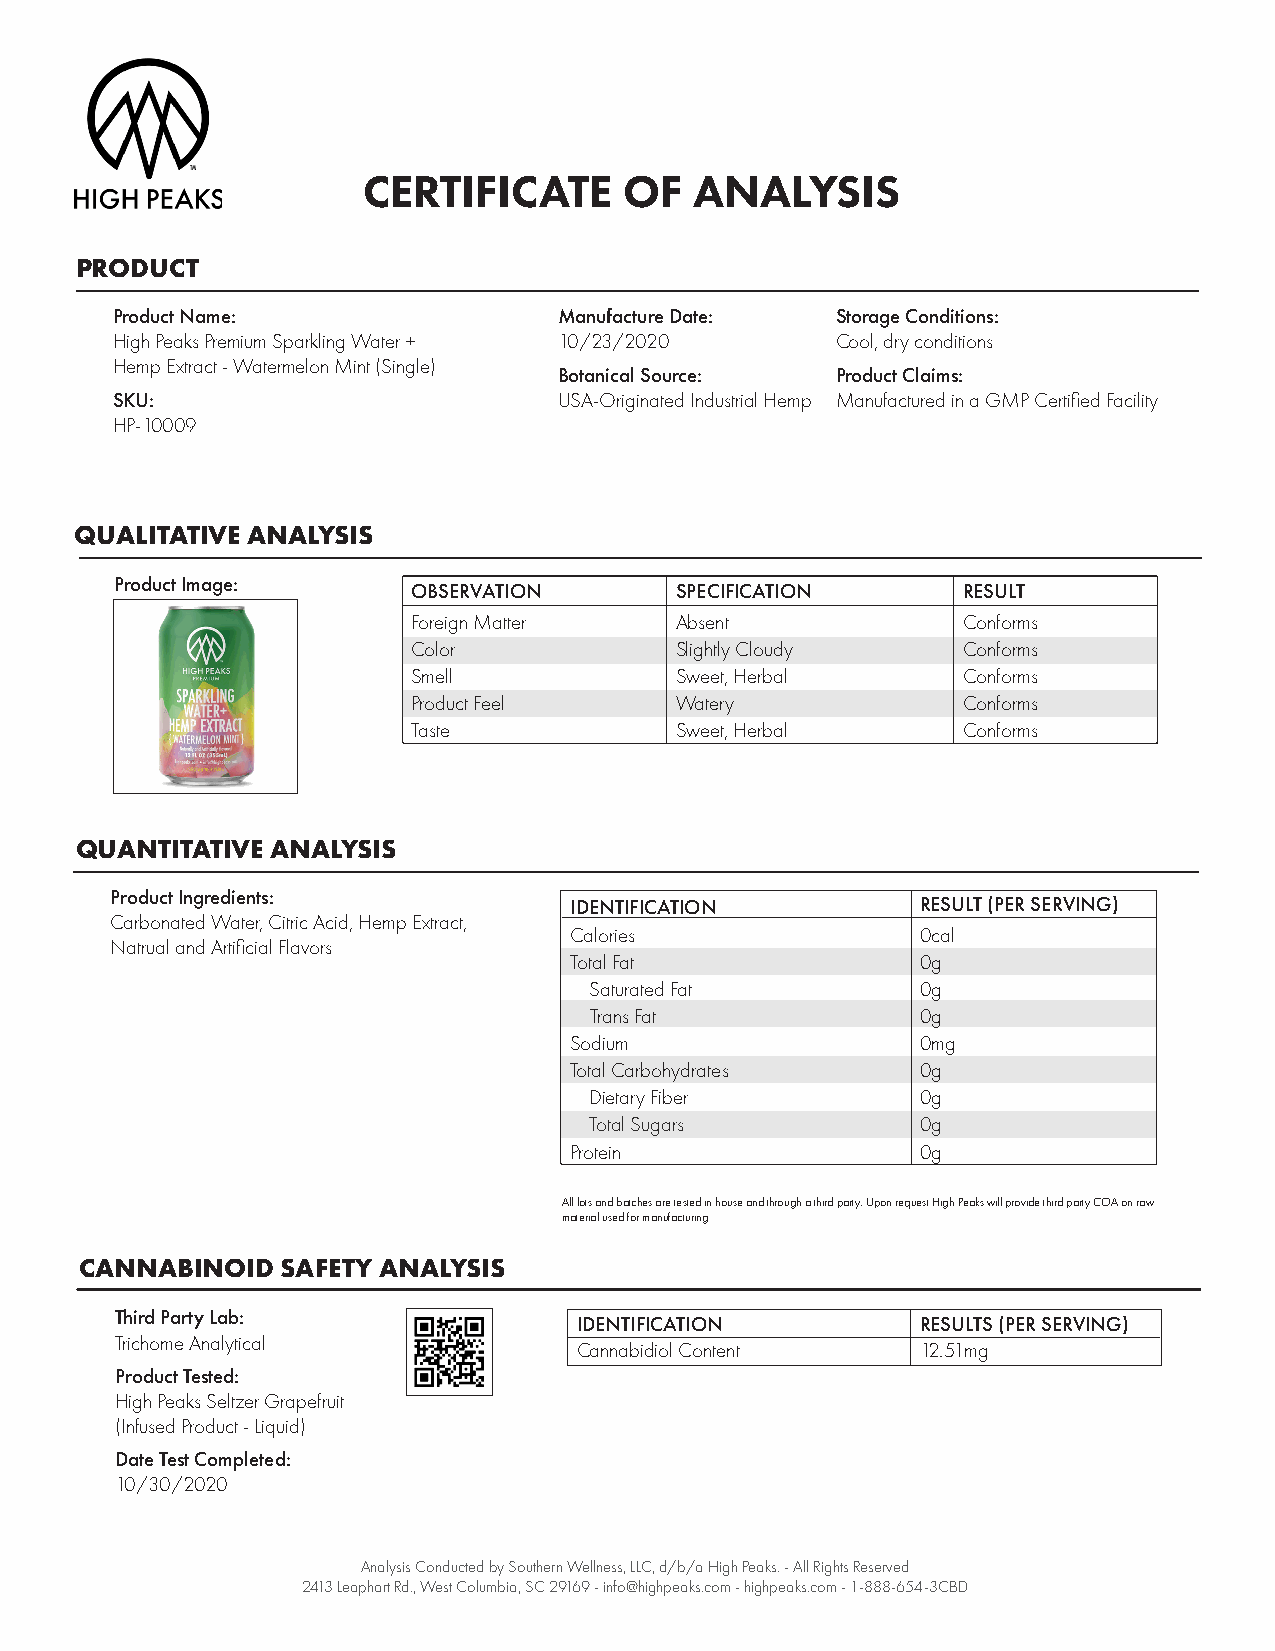
CERTIFICATE      OF   ANALYSIS
 PRODUCT
 Product Name:                 Manufacture Date: Storage Conditions:
 High Peaks Premium Sparkling Water + 10/23/2020 Cool, dry conditions
 Hemp Extract - Watermelon Mint (Single)
 Botanical Source: Product Claims:
 SKU:                          USA-Originated Industrial Hemp Manufactured in a GMP Certified Facility
 HP-10009
 QUALITATIVE ANALYSIS
 Product Image:
 OBSERVATION       SPECIFICATION      RESULT
 Foreign Matter    Absent             Conforms
 Color             Slightly Cloudy    Conforms
 Smell             Sweet, Herbal      Conforms
 Product Feel      Watery             Conforms
 Taste             Sweet, Herbal      Conforms
 QUANTITATIVE ANALYSIS
 Product Ingredients:
 IDENTIFICATION         RESULT (PER SERVING)
 Carbonated Water, Citric Acid, Hemp Extract,
 Calories               0cal
 Natrual and Artificial Flavors
 Total Fat              0g
 Saturated Fat         0g
 Trans Fat             0g
 Sodium                 0mg
 Total Carbohydrates    0g
 Dietary Fiber         0g
 Total Sugars          0g
 Protein                0g
 All lots and batches are tested in house and through a third party. Upon request High Peaks will provide third party COA on raw
 material used for manufacturing
 CANNABINOID   SAFETY ANALYSIS
 Third Party Lab:              IDENTIFICATION         RESULTS (PER SERVING)
 Trichome Analytical
 Cannabidiol Content    12.51mg
 Product Tested:
 High Peaks Seltzer Grapefruit
 (Infused Product - Liquid)
 Date Test Completed:
 10/30/2020
 Analysis Conducted by Southern Wellness, LLC, d/b/a High Peaks. - All Rights Reserved
 2413 Leaphart Rd., West Columbia, SC 29169 - info@highpeaks.com - highpeaks.com - 1-888-654-3CBD